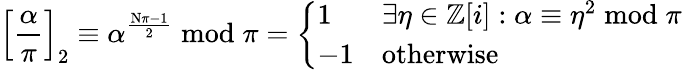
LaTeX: \left[{\frac{\alpha}{\pi}}\right]_{2}\equiv\alpha^{\frac{\mathrm{N}\pi-1}{2}}{\bmod{\pi}}={\left\{ \begin{array}{ll}{1}&{\exists\eta\in\mathbb{Z}[i]:\alpha\equiv\eta^{2}{\bmod{\pi}}}\\ {-1}&{{\mathrm{otherwise}}}\end{array}\right.}